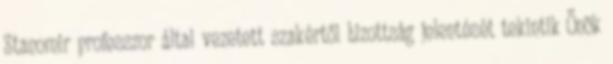
Stanomir professzor által vezetett szakértői bizottság jelentését tekintik Önök